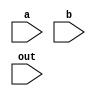
module add(input [7:0] a, input [7:0] b, input [7:0] out);
	assign out = a + b;
endmodule